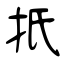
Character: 扺